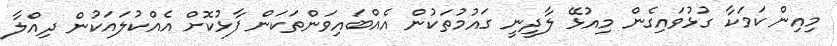
މިއިން ކަމަކާ ގުޅުވައިގެން މިއުޅޭ ލާދީނީ ގައުމުތަކުން އެއްބައިވަންތަކަން ފާޅުކޮށް އެއްކުލައަކުން ދިއްލާ